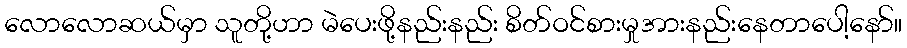
လောလောဆယ်မှာ သူတို့ဟာ မဲပေးဖို့နည်းနည်း စိတ်ဝင်စားမှုအားနည်းနေတာပေါ့နော်။